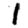
Digit: 1